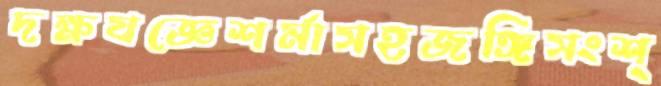
দক্ষযজ্ঞেশর্মাসহজঙ্গিসংশ্